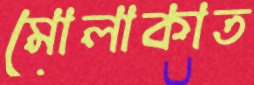
মোলাকাত